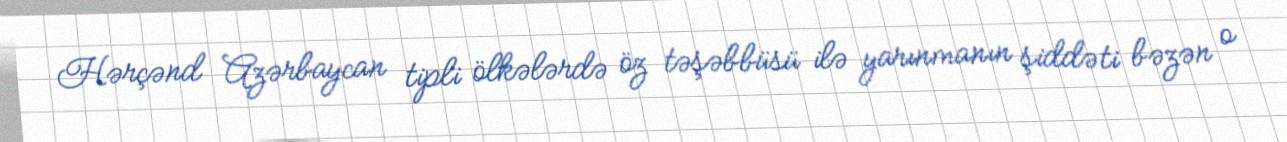
Hərçənd Azərbaycan tipli ölkələrdə öz təşəbbüsü ilə yarınmanın şiddəti bəzən o